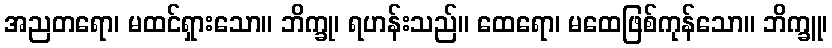
အညတရော၊ မထင်ရှားသော။ ဘိက္ခု၊ ရဟန်းသည်။ ထေရော၊ မထေဖြစ်ကုန်သော။ ဘိက္ခူ၊